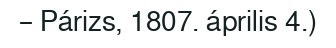
– Párizs, 1807. április 4.)